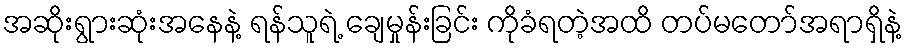
အဆိုးရွားဆုံးအနေနဲ့ ရန်သူရဲ့ ချေမှုန်းခြင်း ကိုခံရတဲ့အထိ တပ်မတော်အရာရှိနဲ့